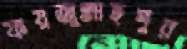
ফয়জুল্লাহপুর